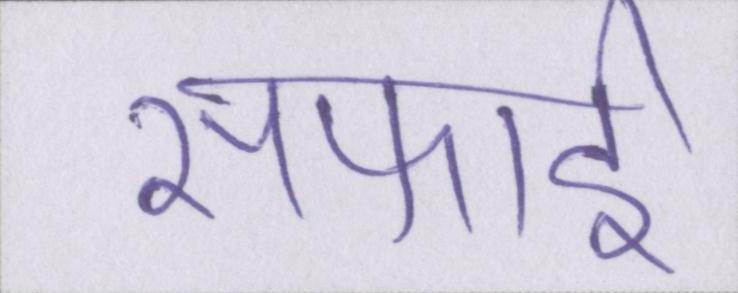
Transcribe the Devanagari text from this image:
सफाई